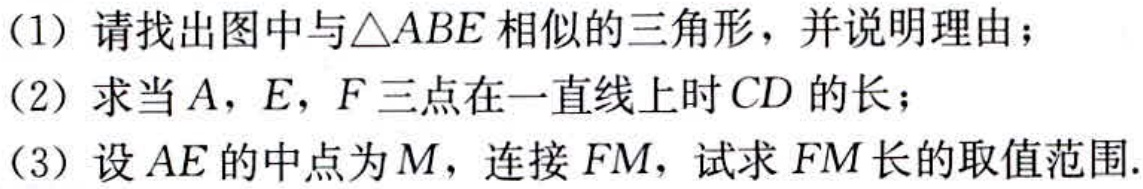
（1）请找出图中与\(\triangle ABE\)相似的三角形，并说明理由；

（2）求当\(A\)，\(E\)，\(F\)三点在一直线上时\(CD\)的长；

（3）设\(AE\)的中点为\(M\)，连接\(FM\)，试求\(FM\)长的取值范围.